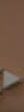
.